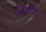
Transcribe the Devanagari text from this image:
पिल्लयार